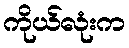
ကိုယ်လုံးက